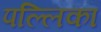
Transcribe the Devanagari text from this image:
पल्लिका